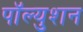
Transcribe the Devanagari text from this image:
पॉल्युशन